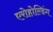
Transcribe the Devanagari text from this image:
एरोहोल्डिंग